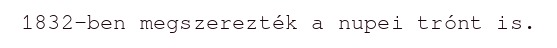
1832-ben megszerezték a nupei trónt is.